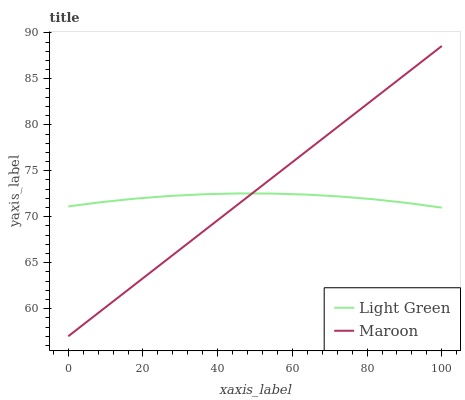
| xaxis_label | Light Green | Maroon |
 | --- | --- | --- |
 | 0 | 71.1 | 57 |
 | 9.09 | 71.6 | 59.9 |
 | 18.2 | 72 | 62.7 |
 | 27.3 | 72.3 | 65.6 |
 | 36.4 | 72.4 | 68.5 |
 | 45.5 | 72.5 | 71.4 |
 | 54.5 | 72.5 | 74.2 |
 | 63.6 | 72.4 | 77.1 |
 | 72.7 | 72.2 | 80 |
 | 81.8 | 71.9 | 82.8 |
 | 90.9 | 71.5 | 85.7 |
 | 100 | 71 | 88.6 |